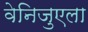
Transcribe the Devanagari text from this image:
वेनिजुएला